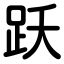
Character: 跃